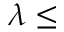
\lambda \le